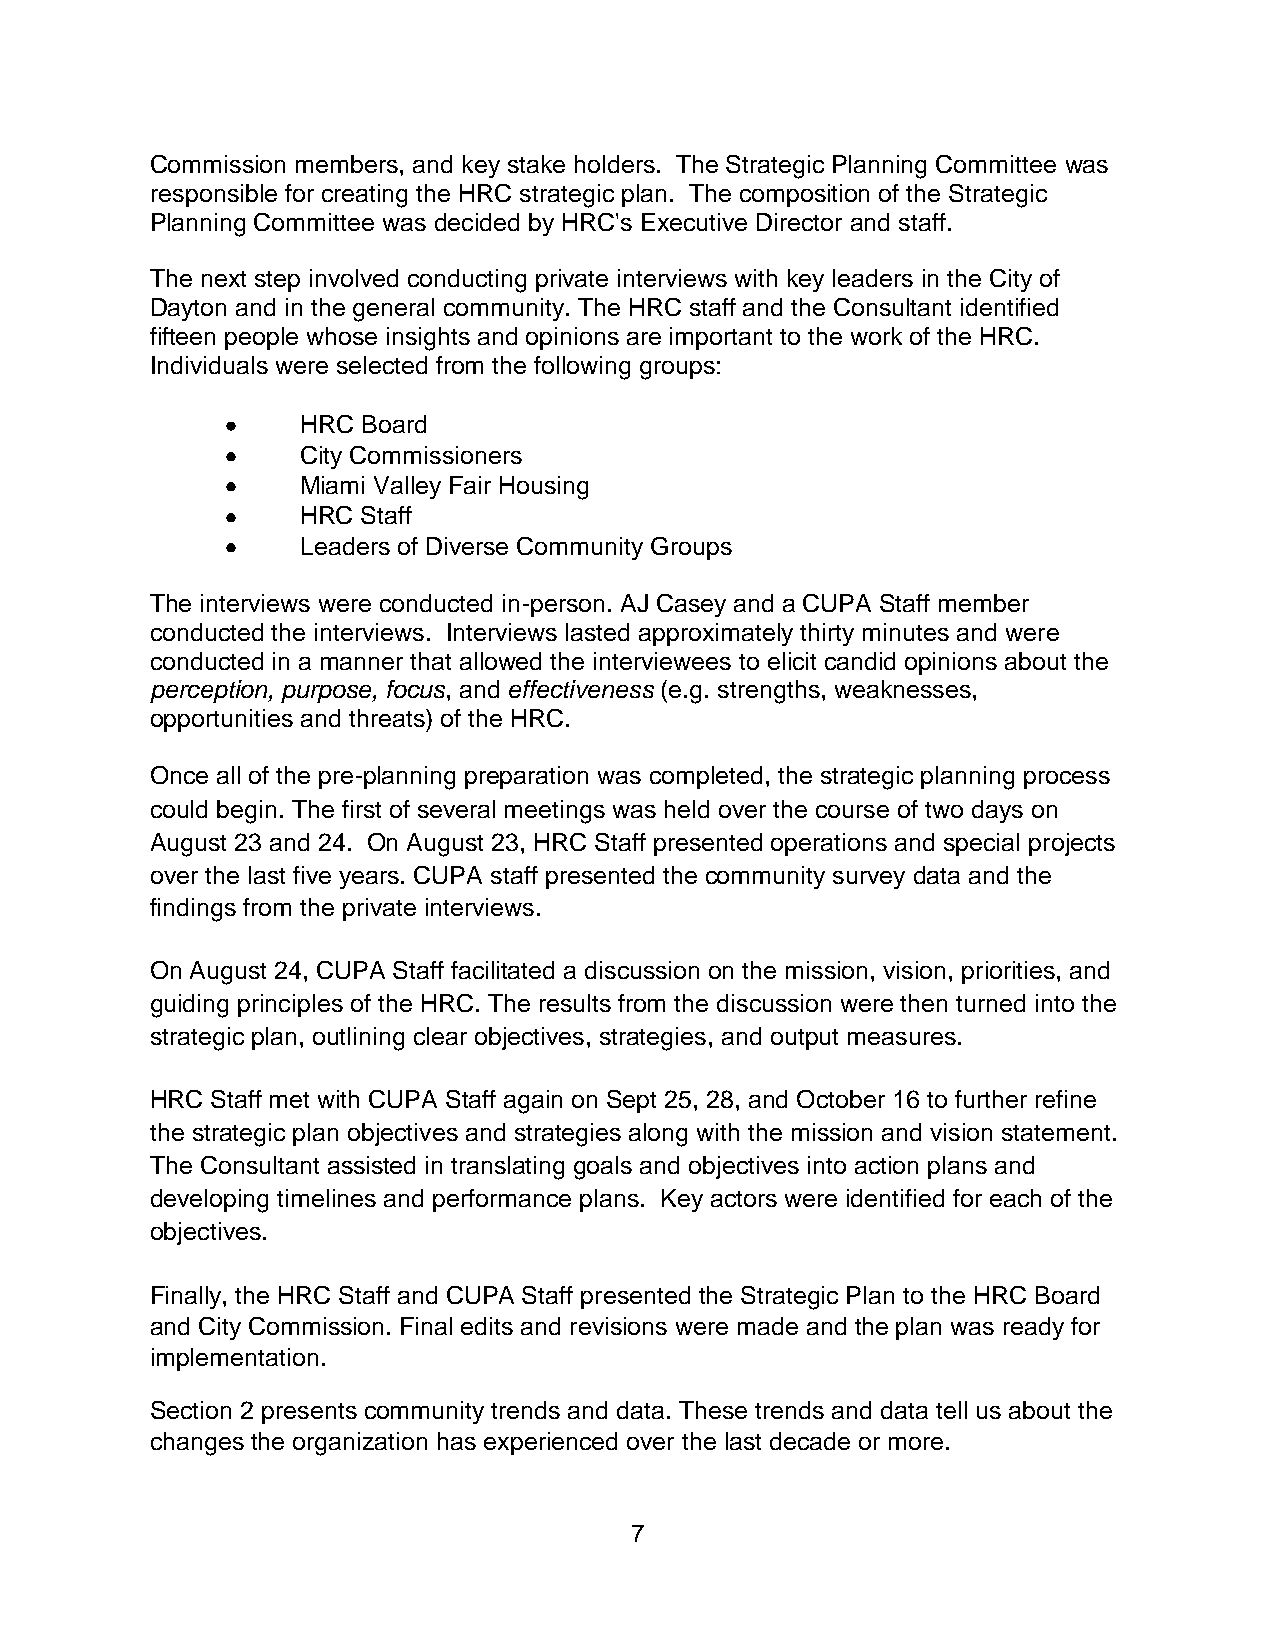
Commission members, and key stake holders. The Strategic Planning Committee was
 responsible for creating the HRC strategic plan. The composition of the Strategic
 Planning Committee was decided by HRC's Executive Director and staff.
 The next step involved conducting private interviews with key leaders in the City of
 Dayton and in the general community. The HRC staff and the Consultant identified
 fifteen people whose insights and opinions are important to the work of the HRC.
 Individuals were selected from the following groups:
 HRC Board
 City Commissioners
 Miami Valley Fair Housing
 HRC Staff
 Leaders of Diverse Community Groups
 The interviews were conducted in-person. AJ Casey and a CUPA Staff member
 conducted the interviews. Interviews lasted approximately thirty minutes and were
 conducted in a manner that allowed the interviewees to elicit candid opinions about the
 perception, purpose, focus, and effectiveness (e.g. strengths, weaknesses,
 opportunities and threats) of the HRC.
 Once all of the pre-planning preparation was completed, the strategic planning process
 could begin. The first of several meetings was held over the course of two days on
 August 23 and 24. On August 23, HRC Staff presented operations and special projects
 over the last five years. CUPA staff presented the community survey data and the
 findings from the private interviews.
 On August 24, CUPA Staff facilitated a discussion on the mission, vision, priorities, and
 guiding principles of the HRC. The results from the discussion were then turned into the
 strategic plan, outlining clear objectives, strategies, and output measures.
 HRC Staff met with CUPA Staff again on Sept 25, 28, and October 16 to further refine
 the strategic plan objectives and strategies along with the mission and vision statement.
 The Consultant assisted in translating goals and objectives into action plans and
 developing timelines and performance plans. Key actors were identified for each of the
 objectives.
 Finally, the HRC Staff and CUPA Staff presented the Strategic Plan to the HRC Board
 and City Commission. Final edits and revisions were made and the plan was ready for
 implementation.
 Section 2 presents community trends and data. These trends and data tell us about the
 changes the organization has experienced over the last decade or more.
 7